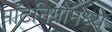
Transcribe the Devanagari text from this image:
माँटेनिग्रोमध्ये